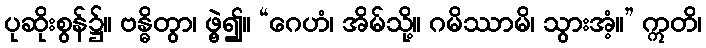
ပုဆိုးစွန်၌။ ဗန္ဓိတွာ၊ ဖွဲ့၍။ “ဂေဟံ၊ အိမ်သို့။ ဂမိဿာမိ၊ သွားအံ့။” ဣတိ၊